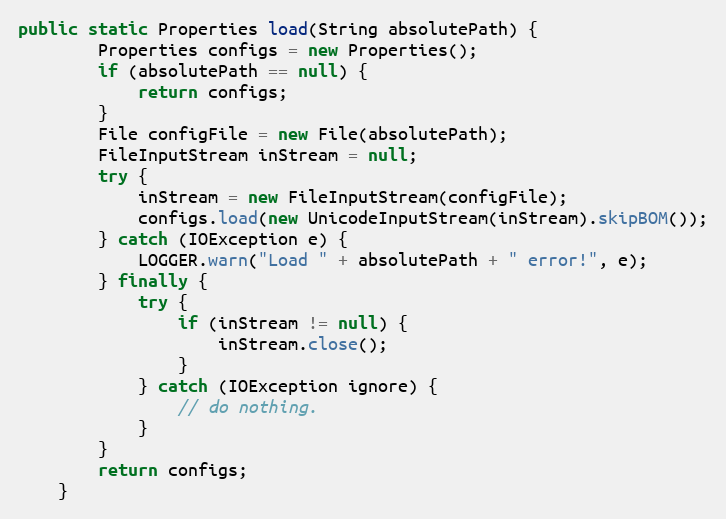
Language: Java
public static Properties load(String absolutePath) {
        Properties configs = new Properties();
        if (absolutePath == null) {
            return configs;
        }
        File configFile = new File(absolutePath);
        FileInputStream inStream = null;
        try {
            inStream = new FileInputStream(configFile);
            configs.load(new UnicodeInputStream(inStream).skipBOM());
        } catch (IOException e) {
            LOGGER.warn("Load " + absolutePath + " error!", e);
        } finally {
            try {
                if (inStream != null) {
                    inStream.close();
                }
            } catch (IOException ignore) {
                // do nothing.
            }
        }
        return configs;
    }